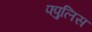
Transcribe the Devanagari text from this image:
फ्पुलिस